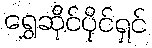
ရွှေဆိုင်ပိုင်ရှင်